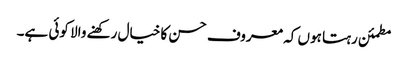
مطمئن رہتا ہوں کہ معروف حسن کا خیال رکھنے والا کوئی ہے۔